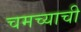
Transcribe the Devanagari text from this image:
चमच्याची